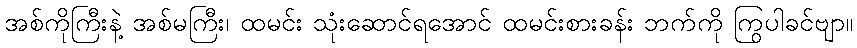
အစ်ကိုကြီးနဲ့ အစ်မကြီး၊ ထမင်း သုံးဆောင်ရအောင် ထမင်းစားခန်း ဘက်ကို ကြွပါခင်ဗျာ။